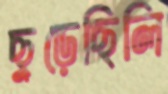
ছুড়েছিলি